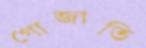
গোজাতি